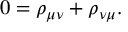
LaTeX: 0 = \rho _ { \mu \nu } + \rho _ { \nu \mu } .